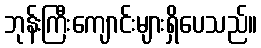
ဘုန်းကြီးကျောင်းများရှိပေသည်။